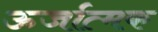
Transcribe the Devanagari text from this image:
ऊर्जात्मक